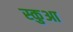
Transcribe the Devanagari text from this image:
स्कुआ